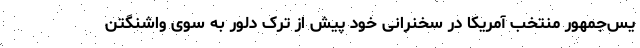
یس‌جمهور منتخب آمریکا در سخنرانی خود پیش از ترک دلوِر به سوی واشنگتن